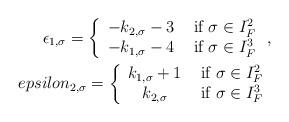
LaTeX: \begin{align*}\epsilon_{1,\sigma} = \left\{ \begin{array}{cc}-k_{2,\sigma}-3 \ & \mbox{if} \ \sigma \in I_F^2 \\-k_{1,\sigma}-4 \ & \mbox{if} \ \sigma \in I_F^3\end{array} \right. ,\\epsilon_{2,\sigma} = \left\{ \begin{array}{cc}k_{1,\sigma}+1 \ & \mbox{if} \ \sigma \in I_F^2 \\k_{2,\sigma} \ & \mbox{if} \ \sigma \in I_F^3\end{array} \right.\end{align*}